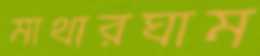
মাথারঘাম